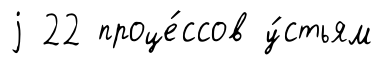
j 22 проце́ссов у́стьям